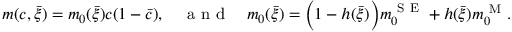
{ m } ( c , \bar { \xi } ) = { m } _ { 0 } ( \bar { \xi } ) c ( 1 - \bar { c } ) , \quad \mathrm { ~ a ~ n ~ d ~ } \quad { m } _ { 0 } ( \bar { \xi } ) = \Big ( 1 - h ( \bar { \xi } ) \Big ) { m } _ { 0 } ^ { \mathrm { ~ S ~ E ~ } } + h ( \bar { \xi } ) { m } _ { 0 } ^ { \mathrm { ~ M ~ } } .